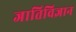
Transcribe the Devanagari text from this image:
जातिविज्ञान